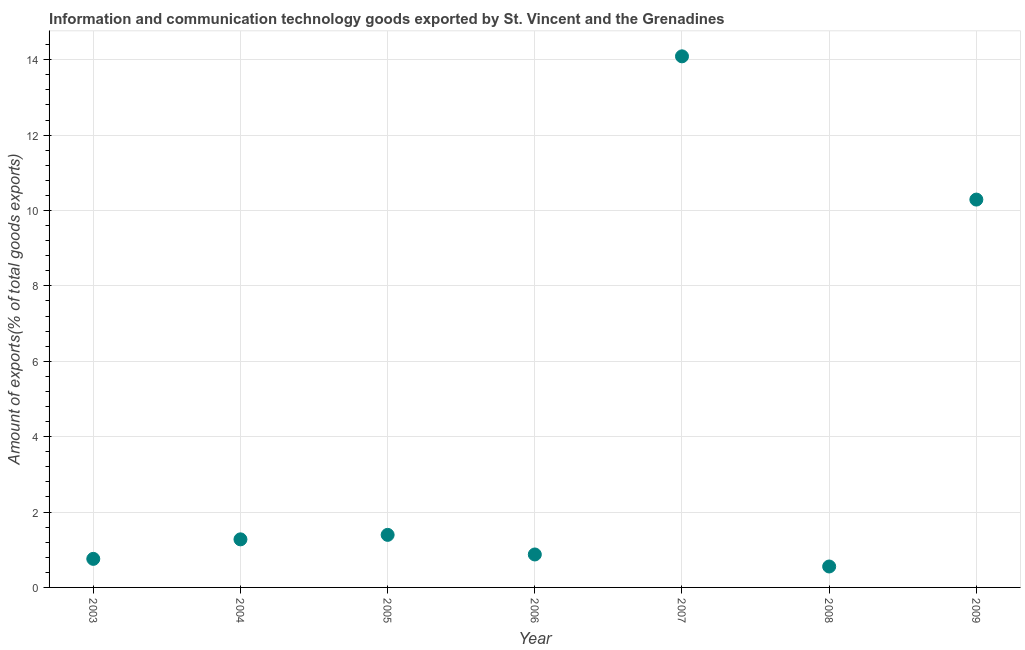
| Year | ICT goods exports |
 | --- | --- |
 | 2003 | 0.758 |
 | 2004 | 1.28 |
 | 2005 | 1.39 |
 | 2006 | 0.874 |
 | 2007 | 14.1 |
 | 2008 | 0.555 |
 | 2009 | 10.3 |